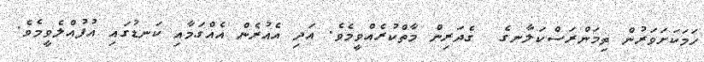
ހަމަކަށަވަރުން ތިމަންރަސްކަލާނގެ  ގެދަރިން މާތްކުރެއްވީމެވެ. އަދި އެއުރެން އެއްގަމާއި ކަނޑުގައި އުފުއްލެވީމެވެ.